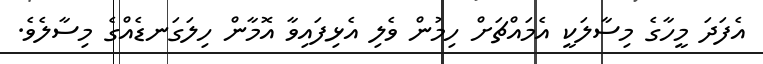
އެފަދަ މީހާގެ މިސާލަކީ އެމައްޗަށް ހިމުން ވެލި އެޅިފައިވާ އޮމާން ހިލަގަނޑެއްގެ މިސާލެވެ.